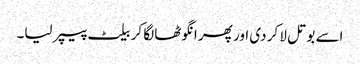
اسے بوتل لا کر دی اور پھر انگوٹھا لگا کر بیلٹ پیپر لیا۔